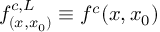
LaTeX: f _ { ( x , x _ { 0 } ) } ^ { c , L } \equiv f ^ { c } ( x , x _ { 0 } )